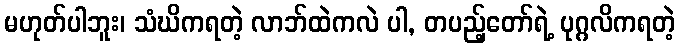
မဟုတ်ပါဘူး၊ သံဃိကရတဲ့ လာဘ်ထဲကလဲ ပါ, တပည့်တော်ရဲ့ ပုဂ္ဂလိကရတဲ့